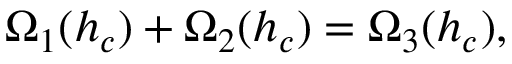
\Omega _ { 1 } ( h _ { c } ) + \Omega _ { 2 } ( h _ { c } ) = \Omega _ { 3 } ( h _ { c } ) ,